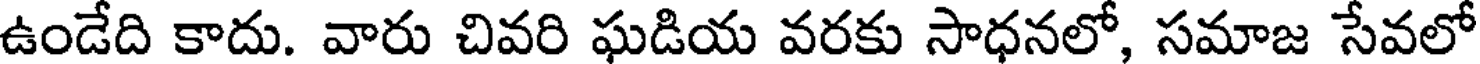
ఉండేది కాదు. వారు చివరి ఘడియ వరకు సాధనలో, సమాజ సేవలో